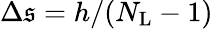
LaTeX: \Delta\mathfrak{s}=h/(N_{\mathrm{{L}}}-1)